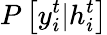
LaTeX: P\left[y_{i}^{t}|h_{i}^{t}\right]